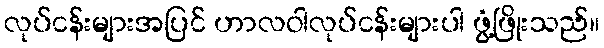
လုပ်ငန်းများအပြင် ဟာလဝါလုပ်ငန်းများပါ ဖွံ့ဖြိုးသည်။